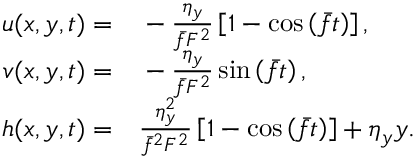
\begin{array} { r l } { u ( x , y , t ) = } & { { } - \frac { \eta _ { y } } { \bar { f } F ^ { 2 } } \left[ 1 - \cos \left( \bar { f } t \right) \right] , } \\ { v ( x , y , t ) = } & { { } - \frac { \eta _ { y } } { \bar { f } F ^ { 2 } } \sin \left( \bar { f } t \right) , } \\ { h ( x , y , t ) = } & { { } \frac { \eta _ { y } ^ { 2 } } { \bar { f } ^ { 2 } F ^ { 2 } } \left[ 1 - \cos \left( \bar { f } t \right) \right] + \eta _ { y } y . } \end{array}